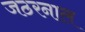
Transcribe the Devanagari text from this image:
जठरनाल